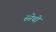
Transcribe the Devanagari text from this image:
स्नेथी